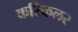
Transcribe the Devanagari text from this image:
करिकलर